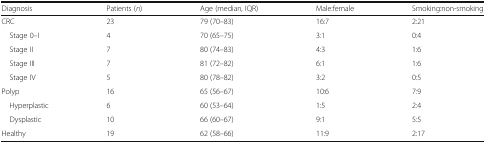
<table><thead><tr><td><b>Diagnosis</b></td><td><b>Patients (<i>n</i>)</b></td><td><b>Age (median, IQR)</b></td><td><b>Male:female</b></td><td><b>Smoking:non-smoking</b></td></tr></thead><tbody><tr><td>CRC</td><td>23</td><td>79 (70–83)</td><td>16:7</td><td>2:21</td></tr><tr><td> Stage 0–I</td><td>4</td><td>70 (65–75)</td><td>3:1</td><td>0:4</td></tr><tr><td> Stage II</td><td>7</td><td>80 (74–83)</td><td>4:3</td><td>1:6</td></tr><tr><td> Stage III</td><td>7</td><td>81 (72–82)</td><td>6:1</td><td>1:6</td></tr><tr><td> Stage IV</td><td>5</td><td>80 (78–82)</td><td>3:2</td><td>0:5</td></tr><tr><td>Polyp</td><td>16</td><td>65 (56–67)</td><td>10:6</td><td>7:9</td></tr><tr><td> Hyperplastic</td><td>6</td><td>60 (53–64)</td><td>1:5</td><td>2:4</td></tr><tr><td> Dysplastic</td><td>10</td><td>66 (60–67)</td><td>9:1</td><td>5:5</td></tr><tr><td>Healthy</td><td>19</td><td>62 (58–66)</td><td>11:9</td><td>2:17</td></tr></tbody></table>